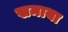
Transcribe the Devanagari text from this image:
खमाया